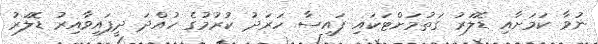
ނުވާ ކަމަށާއި ޑޮލަރު ގަތުމަށްޓަކައި ފައިސާ ހަރަދު ކުރުމުގެ ހުއްދަ ދީފައިވާއިރު ޑޮލަރު